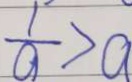
\frac { 1 } { a } > a